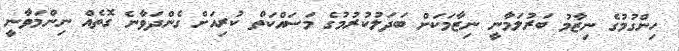
ހިންގުމުގެ ނިޒާމު ބަރުލަމާނީ ނިޒާމަކަށް ބަދަލުކުރުމުގެ މަސައްކަތް ކުރިއަށް ގެންދަވާނެ ގޮތެއް ނިންމަވާނީ